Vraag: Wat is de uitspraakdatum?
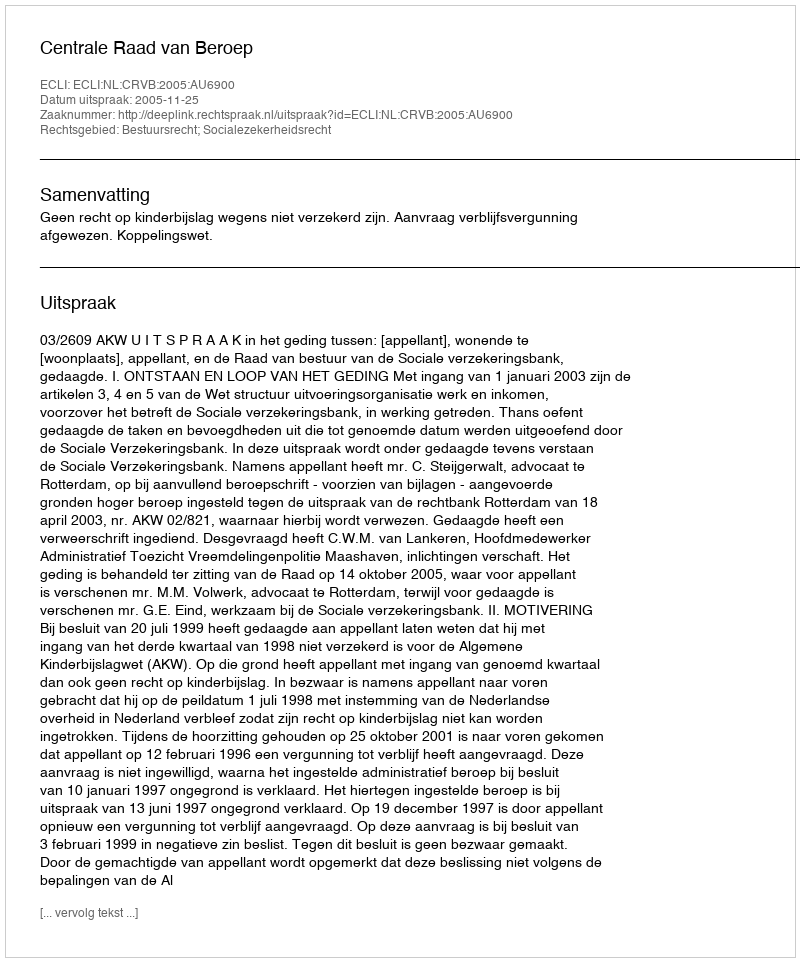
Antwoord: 2005-11-25